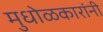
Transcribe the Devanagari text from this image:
मुधोळकारांनी